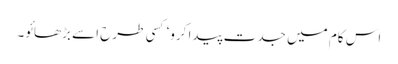
اس کام میں جدت پیدا کرو‘ کسی طرح اسے بڑھائو۔